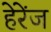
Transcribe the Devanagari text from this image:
हेरेंज